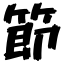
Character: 節